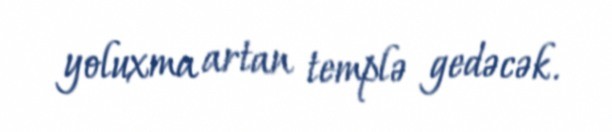
yoluxma artan templə gedəcək.